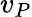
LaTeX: v_{P}